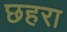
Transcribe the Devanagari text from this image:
छहरा